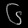
Digit: ၆